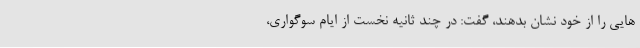
هایی را از خود نشان بدهند، گفت: در چند ثانیه نخست از ایام سوگواری،